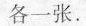
各一张。